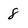
Character: 8